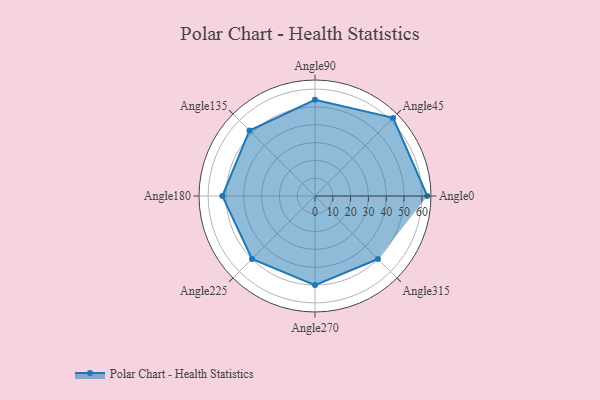
{"axis": {"x": "Angle", "y": "Radius"}, "legend": [""], "data": [{"x": "Angle0", "y": 63.0, "type": ""}, {"x": "Angle45", "y": 62.0, "type": ""}, {"x": "Angle90", "y": 54.0, "type": ""}, {"x": "Angle135", "y": 52.0, "type": ""}, {"x": "Angle180", "y": 52.0, "type": ""}, {"x": "Angle225", "y": 50, "type": ""}, {"x": "Angle270", "y": 50, "type": ""}, {"x": "Angle315", "y": 50, "type": ""}]}